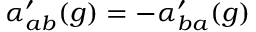
\alpha _ { a b } ^ { \prime } ( g ) = - \alpha _ { b a } ^ { \prime } ( g )